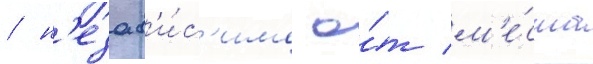
/ н'езав'и́с'имо о́т м'е́ста